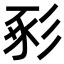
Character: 𢒔